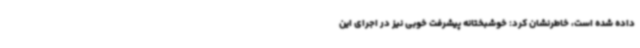
داده شده است، خاطرنشان کرد: خوشبختانه پیشرفت خوبی نیز در اجرای این